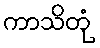
ကာသိတုံ